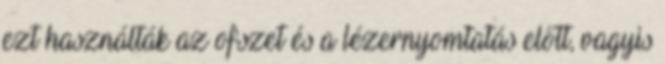
ezt használták az ofszet és a lézernyomtatás előtt, vagyis